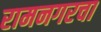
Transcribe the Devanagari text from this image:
रामनगरचा